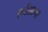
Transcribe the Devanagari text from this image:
एनेंशामर